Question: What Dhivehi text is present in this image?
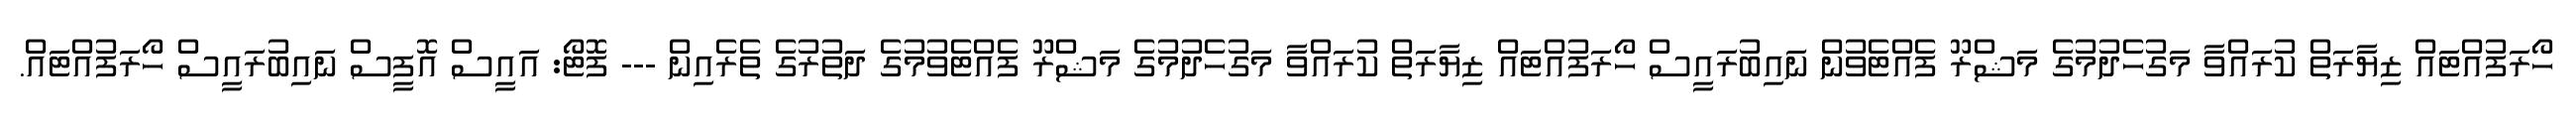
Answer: ހޯރަފުއްޓައް ޒިޔާރަތް ކުރައްވާ މަގުހެދުމުގެ މަޝްރޫ ފެއްޓެވުން ނައިބުރައީސް ހޯރަފުއްޓައް ޒިޔާރަތް ކުރައްވާ މަގުހެދުމުގެ މަޝްރޫ ފެއްޓެވުމުގެ ދަތުރުގެ ތެރެއިން --- ފޮޓޯ: އައީސް އޮފީސް ނައިބުރައީސް ހޯރަފުއްޓައް.